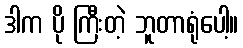
ဒါက ပို ကြီးတဲ့ ဘူတာရုံပေါ့။